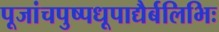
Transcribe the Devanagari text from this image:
पूजांचपुष्पधूपाद्यैर्बलिभिः